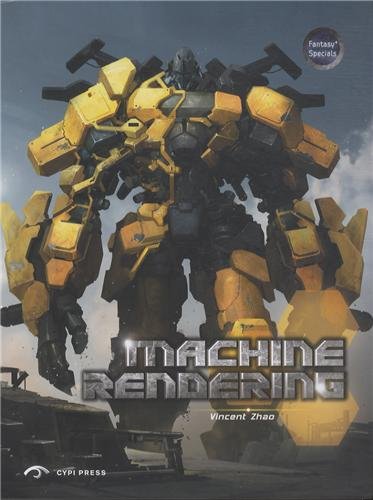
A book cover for Machine Rendering: The Art of Machine Rendering in the West, Japan and China (Fantasy Specials); Cypi; Computers & Technology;